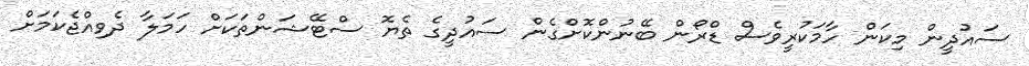
ސައުދީން މިކަން ހާމަކުރީވެސް ޑްރޯން ބޭނުންކޮށްގެން ސައުދީގެ ތެޔޮ ސްޓޭޝަންތަކަށް ހަމަލާ ދެވިއްޖެކަމަށް